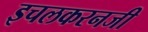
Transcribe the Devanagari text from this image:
इचलकरनजी